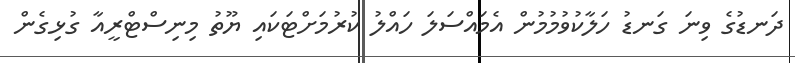
ދަނޑުގެ ވިނަ ގަނޑު ހަލާކުވުމުމުން އެމައްސަލަ ހައްލު ކުރުމަށްޓަކައި ޔޫތު މިނިސްޓްރީއާ ގުޅިގެން